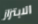
الابتزاز